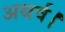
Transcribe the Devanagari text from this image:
अथर्व।